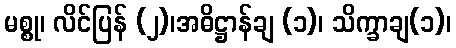
မစ္စု၊ လိင်ပြန် (၂)၊အဓိဋ္ဌာန်ချ (၁)၊ သိက္ခာချ(၁)၊